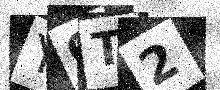
Text: YOT2